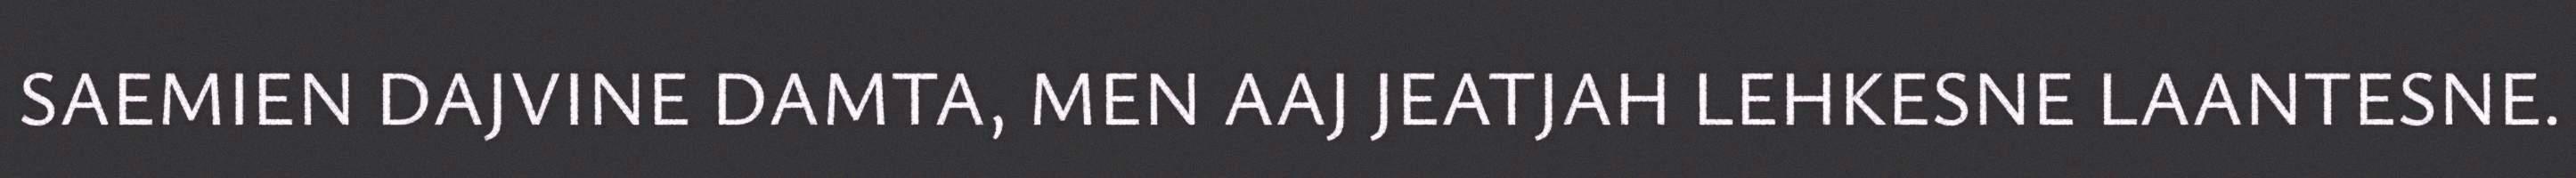
SAEMIEN DAJVINE DAMTA, MEN AAJ JEATJAH LEHKESNE LAANTESNE.